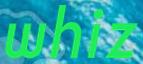
whiz